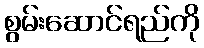
စွမ်းဆောင်ရည်ကို